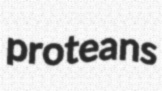
proteans